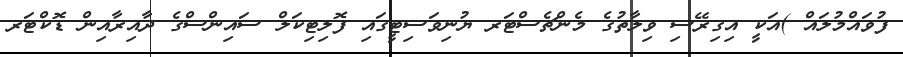
ފުވައްމުލައް )އަކީ އިގިރޭސި ވިލާތުގެ މެންޗެސްޓަރ ޔުނިވަސިޓީގައި ފޮލިޓިކަލް ސައިންސްގެ ދާއިރާއިން ޑޮކްޓަރ